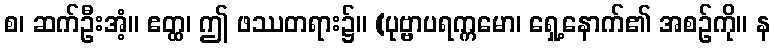
စ၊ ဆက်ဦးအံ့။ ဧတ္ထ၊ ဤ ဖဿတရား၌။ (ပုဗ္ဗာပရက္ကမော၊ ရှေ့နောက်၏ အစဉ်ကို။ န